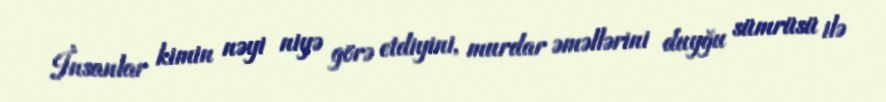
İnsanlar kimin nəyi niyə görə etdiyini, murdar əməllərini duyğu sümrüsü ilə